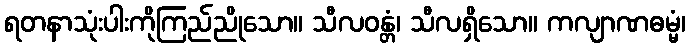
ရတနာသုံးပါးကိုကြည်ညိုသော။ သီလဝန္တံ၊ သီလရှိသော။ ကလျာဏဓမ္မံ၊